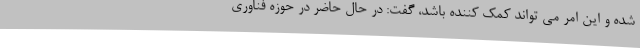
شده و این امر می تواند کمک کننده باشد، گفت: در حال حاضر در حوزه فناوری